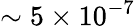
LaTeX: \sim 5\times 10^{-7}